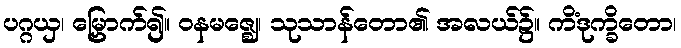
ပဂ္ဂယှ၊ မြှောက်၍။ ဝနမဇ္ဈေ၊ သုသာန်တော၏ အလယ်၌။ ကိံဒုက္ခိတော၊